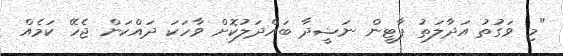
"މި ވަގުތު އަދާލަތު ޕާޓީން ނަޝީދާ ބައްދަލުކޮށް ވާހަކަ ދައްކަން ޖެހޭ ކަމެއް